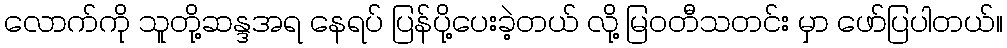
လောက်ကို သူတို့ဆန္ဒအရ နေရပ် ပြန်ပို့ပေးခဲ့တယ် လို့ မြဝတီသတင်း မှာ ဖော်ပြပါတယ်။